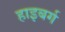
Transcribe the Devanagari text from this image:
हाइबर्ग